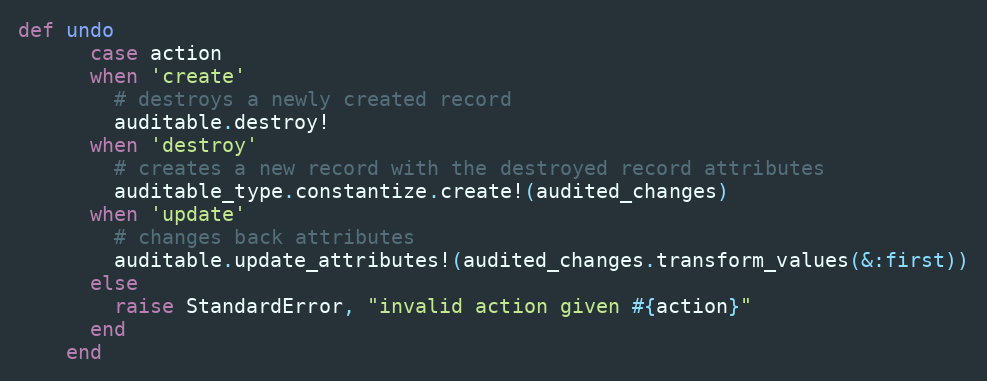
Language: Ruby
def undo
      case action
      when 'create'
        # destroys a newly created record
        auditable.destroy!
      when 'destroy'
        # creates a new record with the destroyed record attributes
        auditable_type.constantize.create!(audited_changes)
      when 'update'
        # changes back attributes
        auditable.update_attributes!(audited_changes.transform_values(&:first))
      else
        raise StandardError, "invalid action given #{action}"
      end
    end